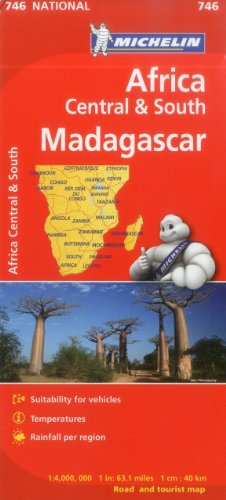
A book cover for Michelin Map Africa Central South and Madagascar 746 (Maps/Country (Michelin)); Michelin Travel & Lifestyle; Travel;